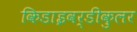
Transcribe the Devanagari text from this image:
किडाइवर्डीकुलर